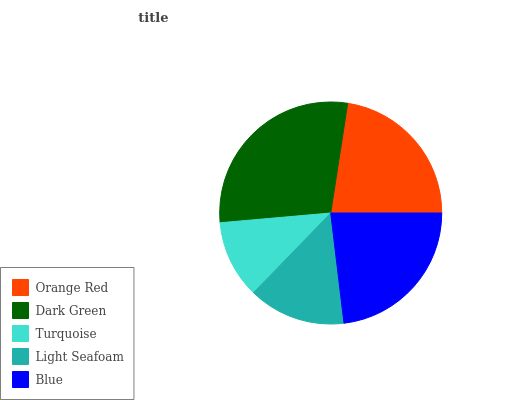
| Orange Red | Dark Green | Turquoise | Light Seafoam | Blue |
 | --- | --- | --- | --- | --- |
 | 22.6% | 28.8% | 11.3% | 14.2% | 23.1% |